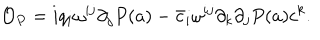
{ \cal O } _ { P } = i q _ { i } \omega ^ { i j } \partial _ { j } P ( a ) - \bar { c } _ { i } \omega ^ { i j } \partial _ { k } \partial _ { j } P ( a ) c ^ { k } .